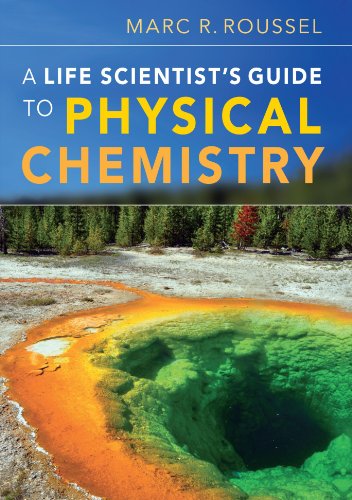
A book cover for A Life Scientist's Guide to Physical Chemistry; Marc R. Roussel; Science & Math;